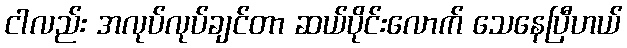
ငါလည်း အလုပ်လုပ်ချင်တာ ဆယ်ပိုင်းလောက် သေနေပြီဟယ်